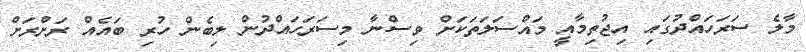
މާލެ ސަރަހައްދުގައި އިޖުތިމާއީ މައްސަލަތަކަށް ވިސްނާ މިސަރަހައްދުން ލިބެން ހުރި ބައެއް ރަށްރަށް